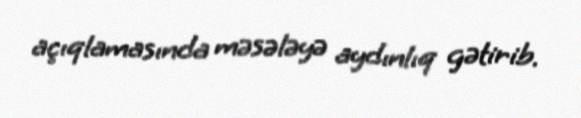
açıqlamasında məsələyə aydınlıq gətirib.